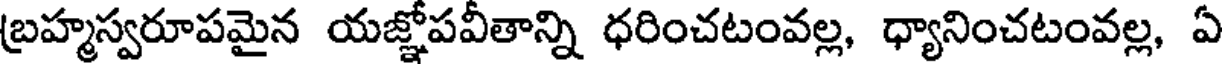
బ్రహ్మస్వరూపమైన యజ్ఞోపవీతాన్ని ధరించటంవల్ల, ధ్యానించటంవల్ల, ఏ